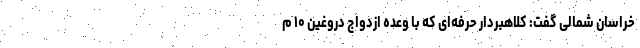
خراسان شمالی گفت: کلاهبردار حرفه‌ای که با وعده ازدواج دروغین ۱۰ م